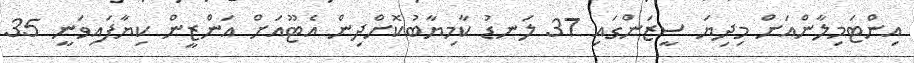
އިންޓަމިލާންއަށް މިދިޔަ ސީޒަންގައި 37 ލަނޑު ކާމިޔާބުކޮށްދިން އެޓޫއަށް އަންޒީން ކިޔާފައިވަނީ 35